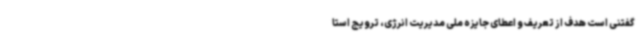
گفتنی است هدف از تعریف و اعطای جایزه ملی مدیریت انرژی، ترویج استا